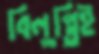
বিলুপ্তিই